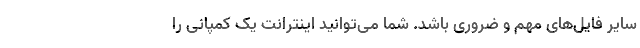
سایر فایل‌های مهم و ضروری باشد. شما می‌توانید اینترانت یک کمپانی را